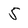
Character: 5